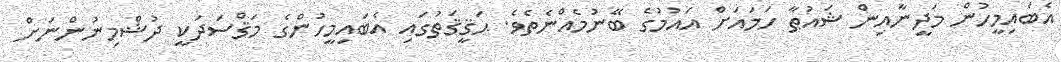
އެބައިމީހުން މަދީނާއިން ޝައުޠާ ހަމައަށް އައުމުގެ ބޭނުމެއްނެތެވެ. ޙަޤީޤަތުގައި އެބައިމީހުންގެ މަޤްސަދަކީ ދުޝްމިނުންނަށް